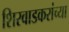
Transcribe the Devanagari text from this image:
शिरवाडकरांच्या